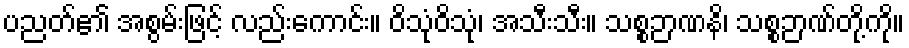
ပညတ်၏ အစွမ်းဖြင့် လည်းကောင်း။ ဝိသုံဝိသုံ၊ အသီးသီး။ သစ္စဉာဏနိ၊ သစ္စဉာဏ်တို့ကို။